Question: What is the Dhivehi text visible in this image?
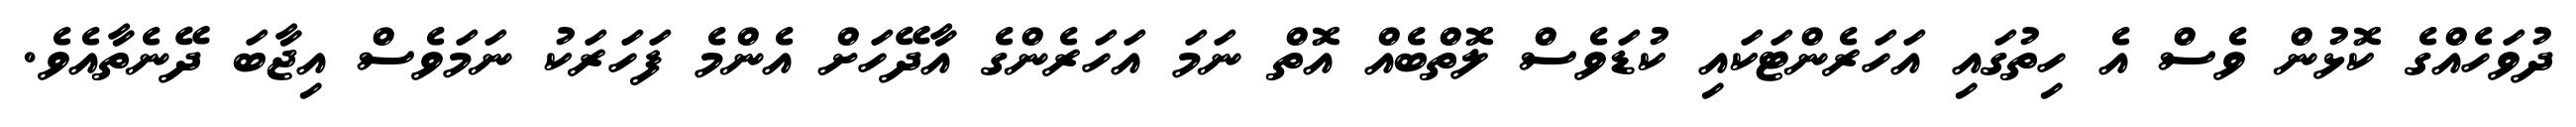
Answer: ދުވަހެއްގެ ކޮޅުން ވެސް އެ ހިތުގައި އަހަރެންޓަކައި ކުޑަވެސް ލޮތްބެއް އޮތް ނަމަ އަހަރެންގެ އާދޭހަށް އެންމެ ފަހަރަކު ނަމަވެސް އިޖާބަ ދޭނެތާއެވެ.